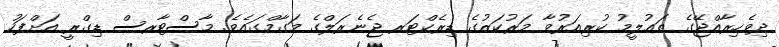
ދިވެހިރާއްޖޭގެ ތަޢުލީމު ކުރިއަރުވާ މަރުކަޒުގެ ޑިރެކްޓަރ ޖެނެރަލްގެ މަގާމްގައެވެ. މާސްޓާރސް ޑިގްރީ އަށްފަހު